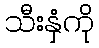
သီးနှံကို